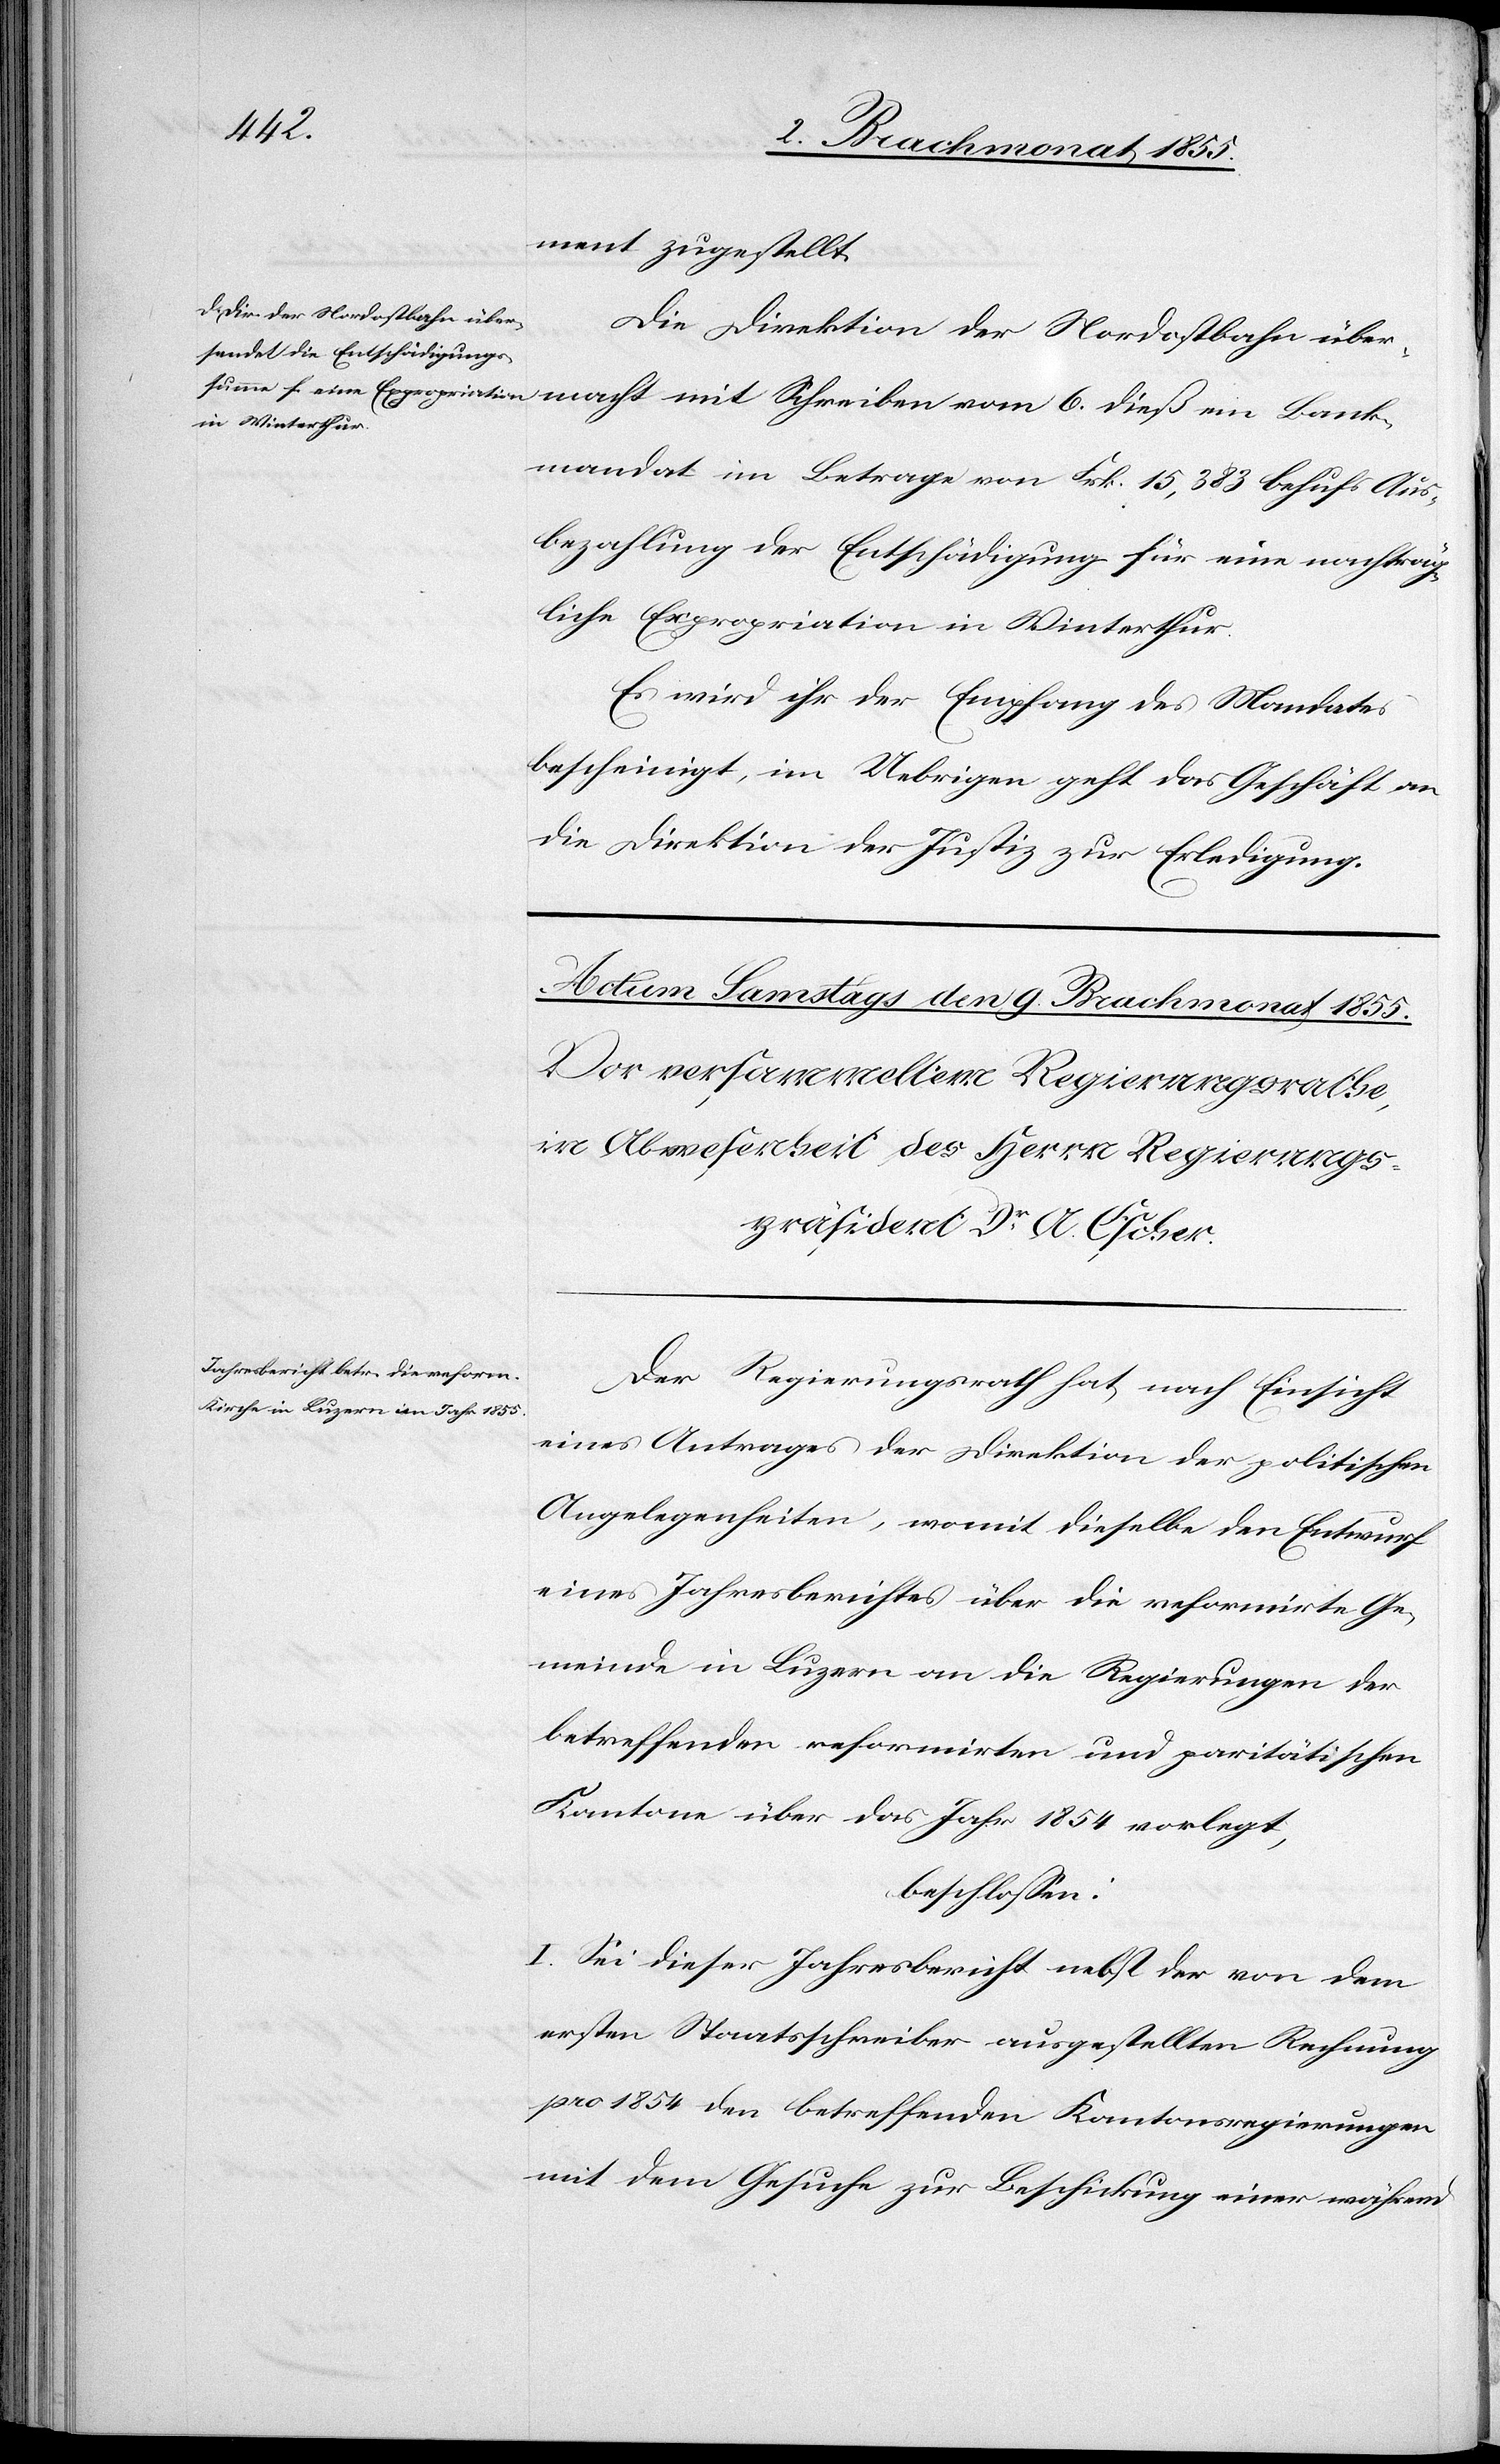
7. Brachmonat 1855.]
ment zugestellt.
Die Direktion der Nordostbahn über¬
macht mit Schreiben vom 6. dieß ein Bank¬
mandat im Betrage von Frk. 15,383 behufs Aus¬
bezahlung der Entschädigung für eine nachträg¬
liche Expropriation in Winterthur.
Es wird ihr der Empfang des Mandates
bescheinigt, im Uebrigen geht das Geschäft an
die Direktion der Justiz zur Erledigung.
Der Regierungsrath hat, nach Einsicht
eines Antrages der Direktion der politischen
Angelegenheiten, womit dieselbe den Entwurf
eines Jahresberichtes über die reformirte Ge¬
meinde in Luzern an die Regierungen der
betreffenden reformirten und paritätischen
Kantone über das Jahr 1854 vorlegt,
beschlossen:
I. Sei dieser Jahresbericht nebst der von dem
ersten Staatsschreiber ausgestellten Rechnung
pro 1854 den betreffenden Kantonsregierungen
mit dem Gesuche zur Beschickung einer während